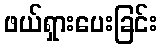
ဖယ်ရှားပေးခြင်း